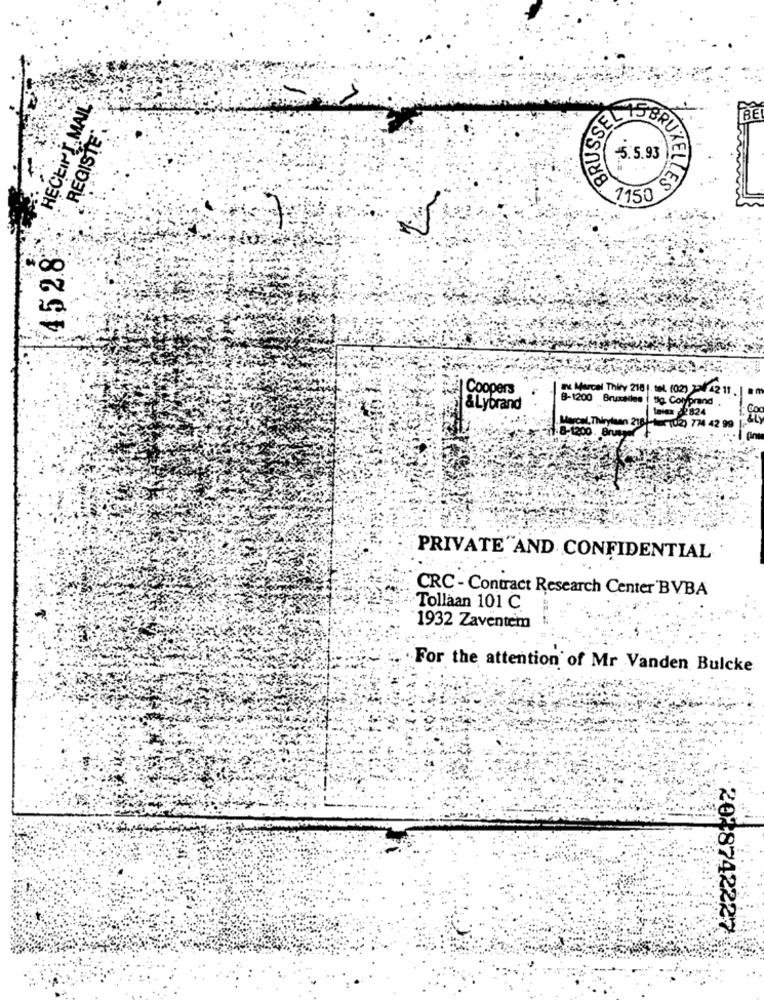
RECEIPT MAIL
273%08
REGISTE
BRUSS
SEL HABRU
4528
Coopers
ac Marcel Thiry 2181. tel. (02) 224 42 11
B-1200 Bruxelles
tig. Colyprand
28
&Lybrand
taiex 2824
Co
Marcel, Thirylaan 216
(02) 774 42 99
11.8-1200. Brussel
PRIVATE AND CONFIDENTIAL
CRC - Contract Research Center'BVBA
Tollaan 101 C.
1932 Zaventem
For the attention of Mr Vanden Bulcke
2018742227